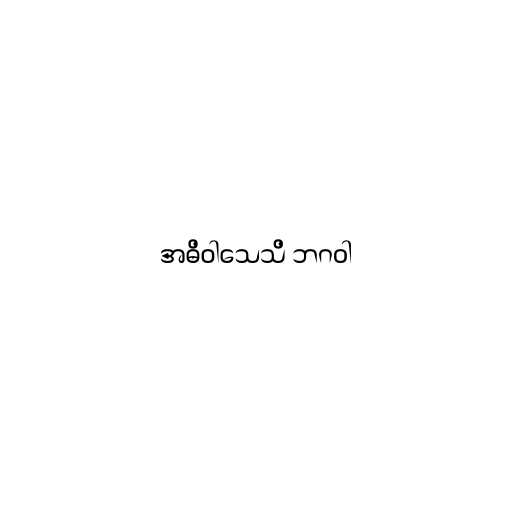
အဓိဝါသေသိ ဘဂဝါ